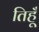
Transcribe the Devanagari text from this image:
तिहूँ